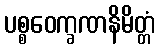
ပစ္စဝေက္ခဏနိမိတ္တံ